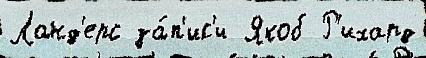
Ланд'ерс за́п'ис'и Якоб Р'ихард